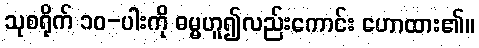
သုစရိုက် ၁၀-ပါးကို ဓမ္မဟူ၍လည်းကောင်း ဟောထား၏။